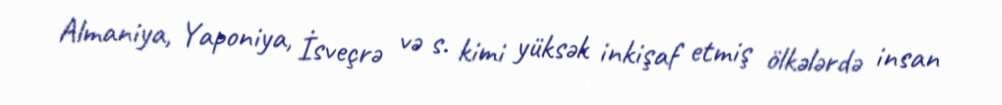
Almaniya, Yaponiya, İsveçrə və s. kimi yüksək inkişaf etmiş ölkələrdə insan